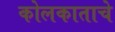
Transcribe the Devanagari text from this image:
कोलकाताचे